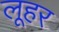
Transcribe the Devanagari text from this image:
लूहर